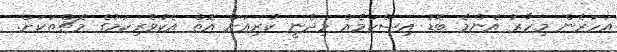
އަހަރެން މިހާރު އެންމެ ބޮޑު އިސްކަމެއް މިދެނީ ކުރިއަށް އޮތް އެކުވެރިކަމުގެ މެޗްތަކަށް.